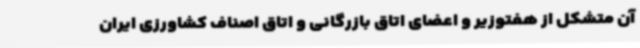
آن متشکل از هفتوزیر و اعضای اتاق بازرگانی و اتاق اصناف کشاورزی ایران